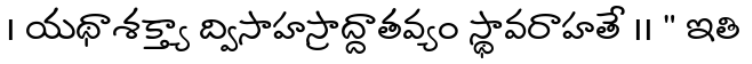
। యథాశక్త్యా ద్విసాహస్రాద్దాతవ్యం స్థావరాహతే ।। " ఇతి